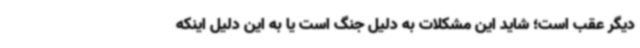
دیگر عقب است؛ شاید این مشکلات به دلیل جنگ است یا به این دلیل اینکه